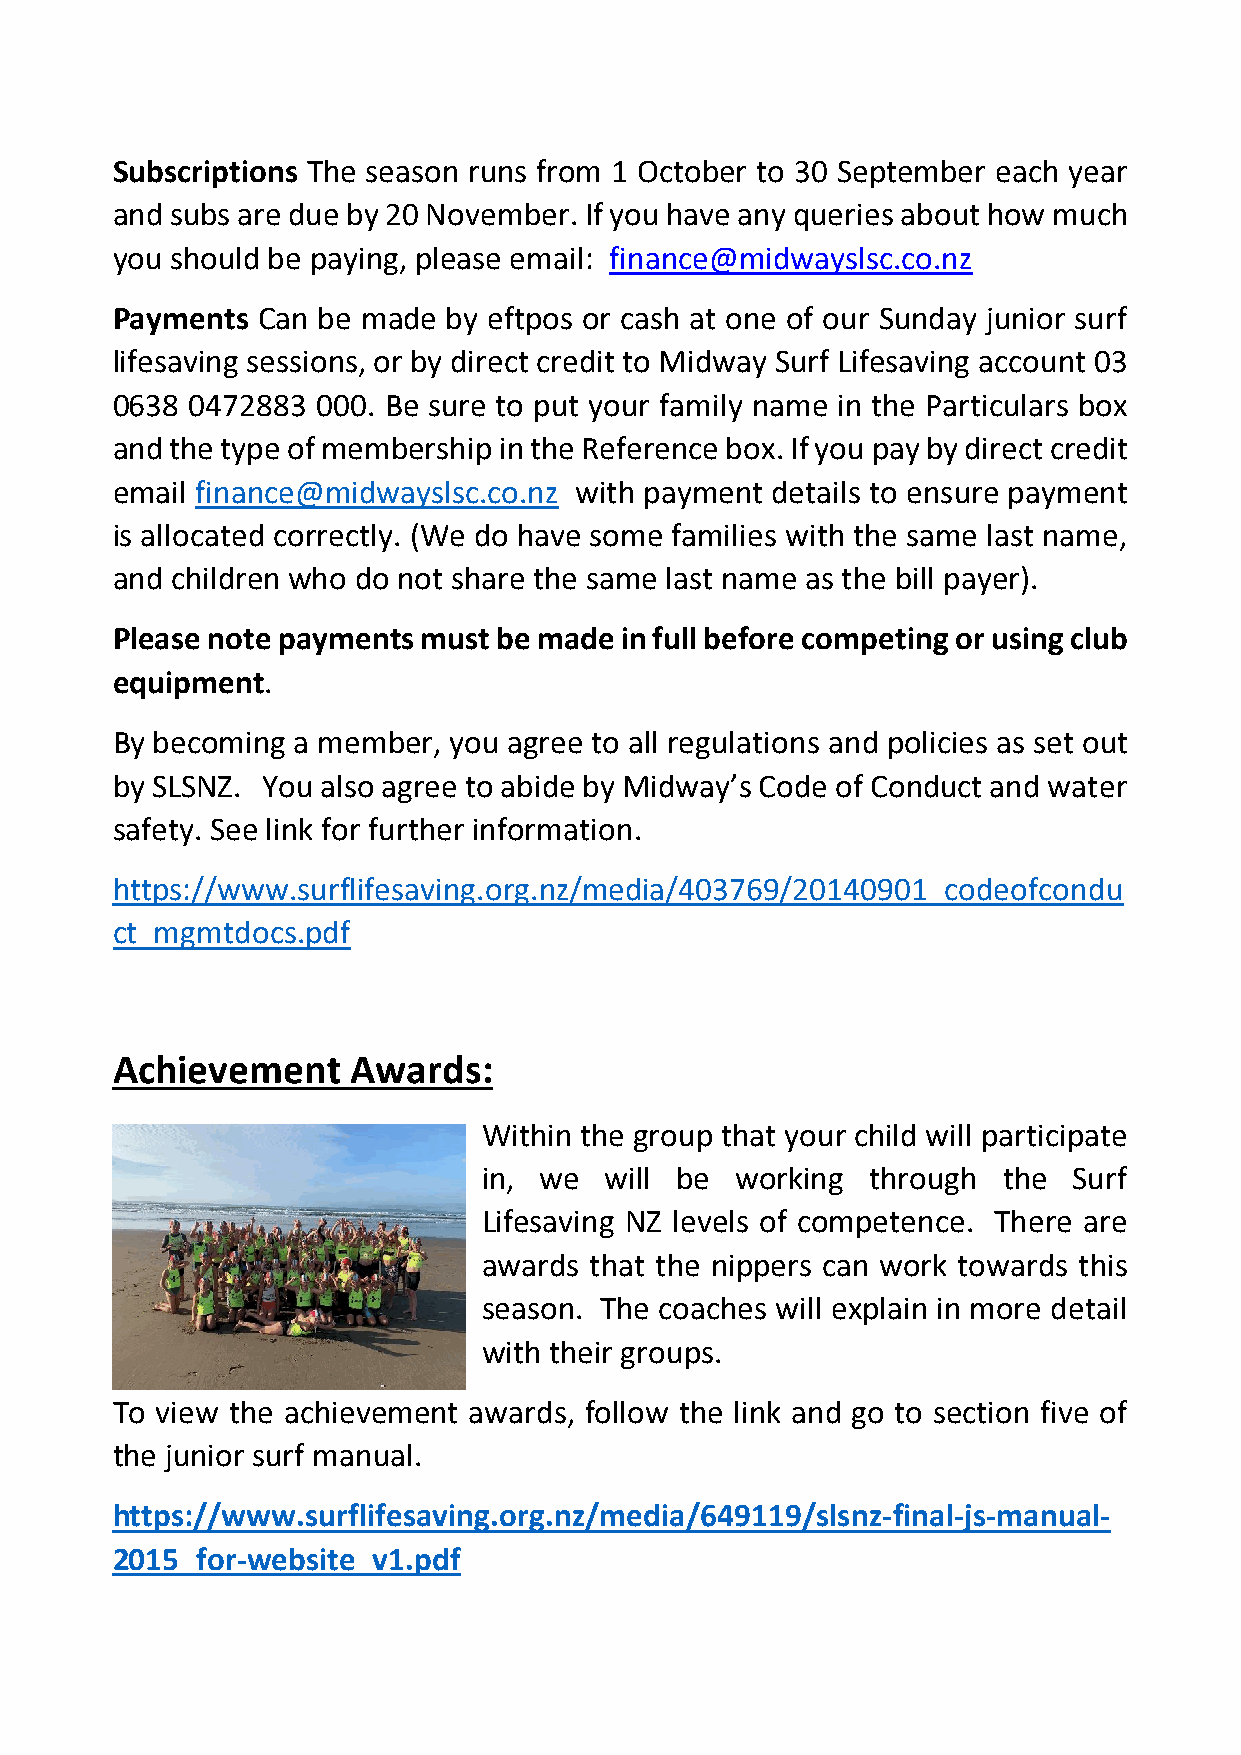
Subscriptions The season runs from 1 October to 30 September each year
 and subs are due by 20 November. If you have any queries about how much
 you should be paying, please email: finance@midwayslsc.co.nz
 Payments  Can be made  by eftpos or cash at one of our Sunday junior surf
 lifesaving sessions, or by direct credit to Midway Surf Lifesaving account 03
 0638  0472883 000. Be sure to put your family name in the Particulars box
 and the type of membership in the Reference box. If you pay by direct credit
 email finance@midwayslsc.co.nz with payment details to ensure payment
 is allocated correctly. (We do have some families with the same last name,
 and children who do not share the same last name as the bill payer).
 Please note payments must be made in full before competing or using club
 equipment.
 By becoming a member,  you agree to all regulations and policies as set out
 by SLSNZ. You also agree to abide by Midway’s Code of Conduct and water
 safety. See link for further information.
 https://www.surflifesaving.org.nz/media/403769/20140901_codeofcondu
 ct_mgmtdocs.pdf
 Achievement     Awards:
 Within the group that your child will participate
 in, we  will be  working  through the  Surf
 Lifesaving NZ levels of competence. There are
 awards that the nippers can work towards this
 season. The coaches will explain in more detail
 with their groups.
 To view the achievement awards, follow the link and go to section five of
 the junior surf manual.
 https://www.surflifesaving.org.nz/media/649119/slsnz-final-js-manual-
 2015_for-website_v1.pdf